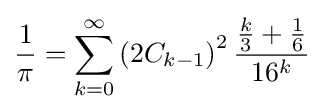
{\frac {1}{\pi }}=\sum _{k=0}^{\infty }\left(2C_{k-1}\right)^{2}{\frac {{\frac {k}{3}}+{\frac {1}{6}}}{16^{k}}}